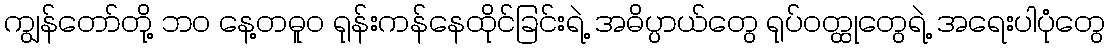
ကျွန်တော်တို့ ဘဝ နေ့တဓူဝ ရုန်းကန်နေထိုင်ခြင်းရဲ့ အဓိပ္ပာယ်တွေ ရုပ်ဝတ္ထုတွေရဲ့ အရေးပါပုံတွေ